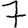
Digit: 7